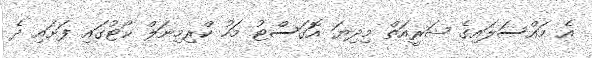
އެ މައްސަލައިގެ ޝަރީއަތް މިދިޔަ އޮގަސްޓު މަހު ކްރިމިނަލް ކޯޓުގައި ފަށައި ދެ